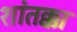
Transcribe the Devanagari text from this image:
शांतक्का